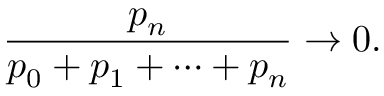
{ \frac { p _ { n } } { p _ { 0 } + p _ { 1 } + \cdots + p _ { n } } } \rightarrow 0 .